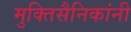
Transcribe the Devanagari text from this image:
मुक्तिसैनिकांनी